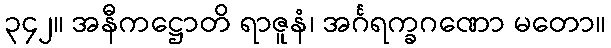
၃၄၂။ အနီကဋ္ဌောတိ ရာဇူနံ၊ အင်္ဂရက္ခဂဏော မတော။